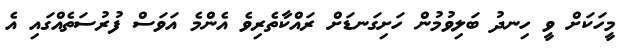
މީހަކަށް ވީ ހިނދު ބަލިވުމުން ހަށިގަނޑަށް ރައްކާތެރިވެ އެންމެ އަވަސް ފުރުސަތެއްގައި އެ